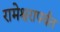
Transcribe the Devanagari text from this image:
रामेश्वरापर्यंत